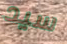
سيد